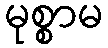
မုစ္စာမ